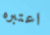
اعتبره